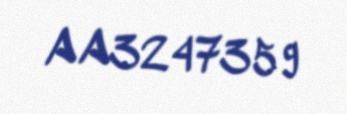
AA3247359